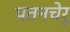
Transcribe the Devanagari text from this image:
पतनचेरू